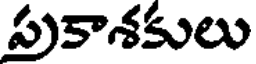
పుకాశకులు